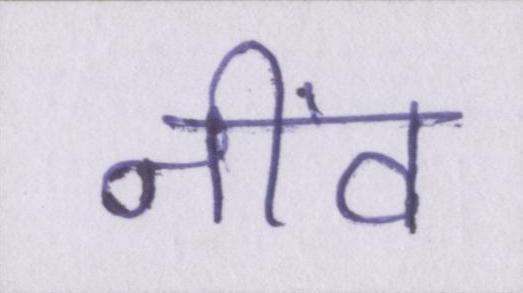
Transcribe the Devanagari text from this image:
नींव